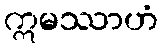
ဣမဿာဟံ